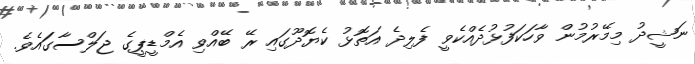
ނަޝީދު މިމޭރުމުން ވާހަކަފުޅުދެއްކެވީ ފެލިދެ އަތޮޅު ކެޔޮދޫގައި ރޭ ބޭއްވި އެމްޑީޕީގެ ޖަލްސާގަައެވެ.